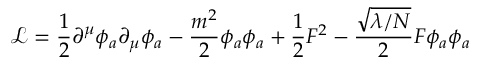
{ \mathcal { L } } = { \frac { 1 } { 2 } } \partial ^ { \mu } \phi _ { a } \partial _ { \mu } \phi _ { a } - { \frac { m ^ { 2 } } { 2 } } \phi _ { a } \phi _ { a } + { \frac { 1 } { 2 } } F ^ { 2 } - { \frac { \sqrt { \lambda / N } } { 2 } } F \phi _ { a } \phi _ { a }